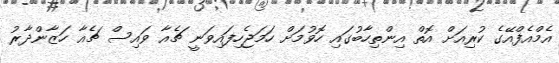
އެމްއެފްއޭގެ ކުރިއަށް އޮތް އިންތިހާބުގައި ހޮވުމަށް ހަމަޖެހިފައިވަނީ ޗެއާ ވައިސް ޗެއާ ހަޒާންދާރު